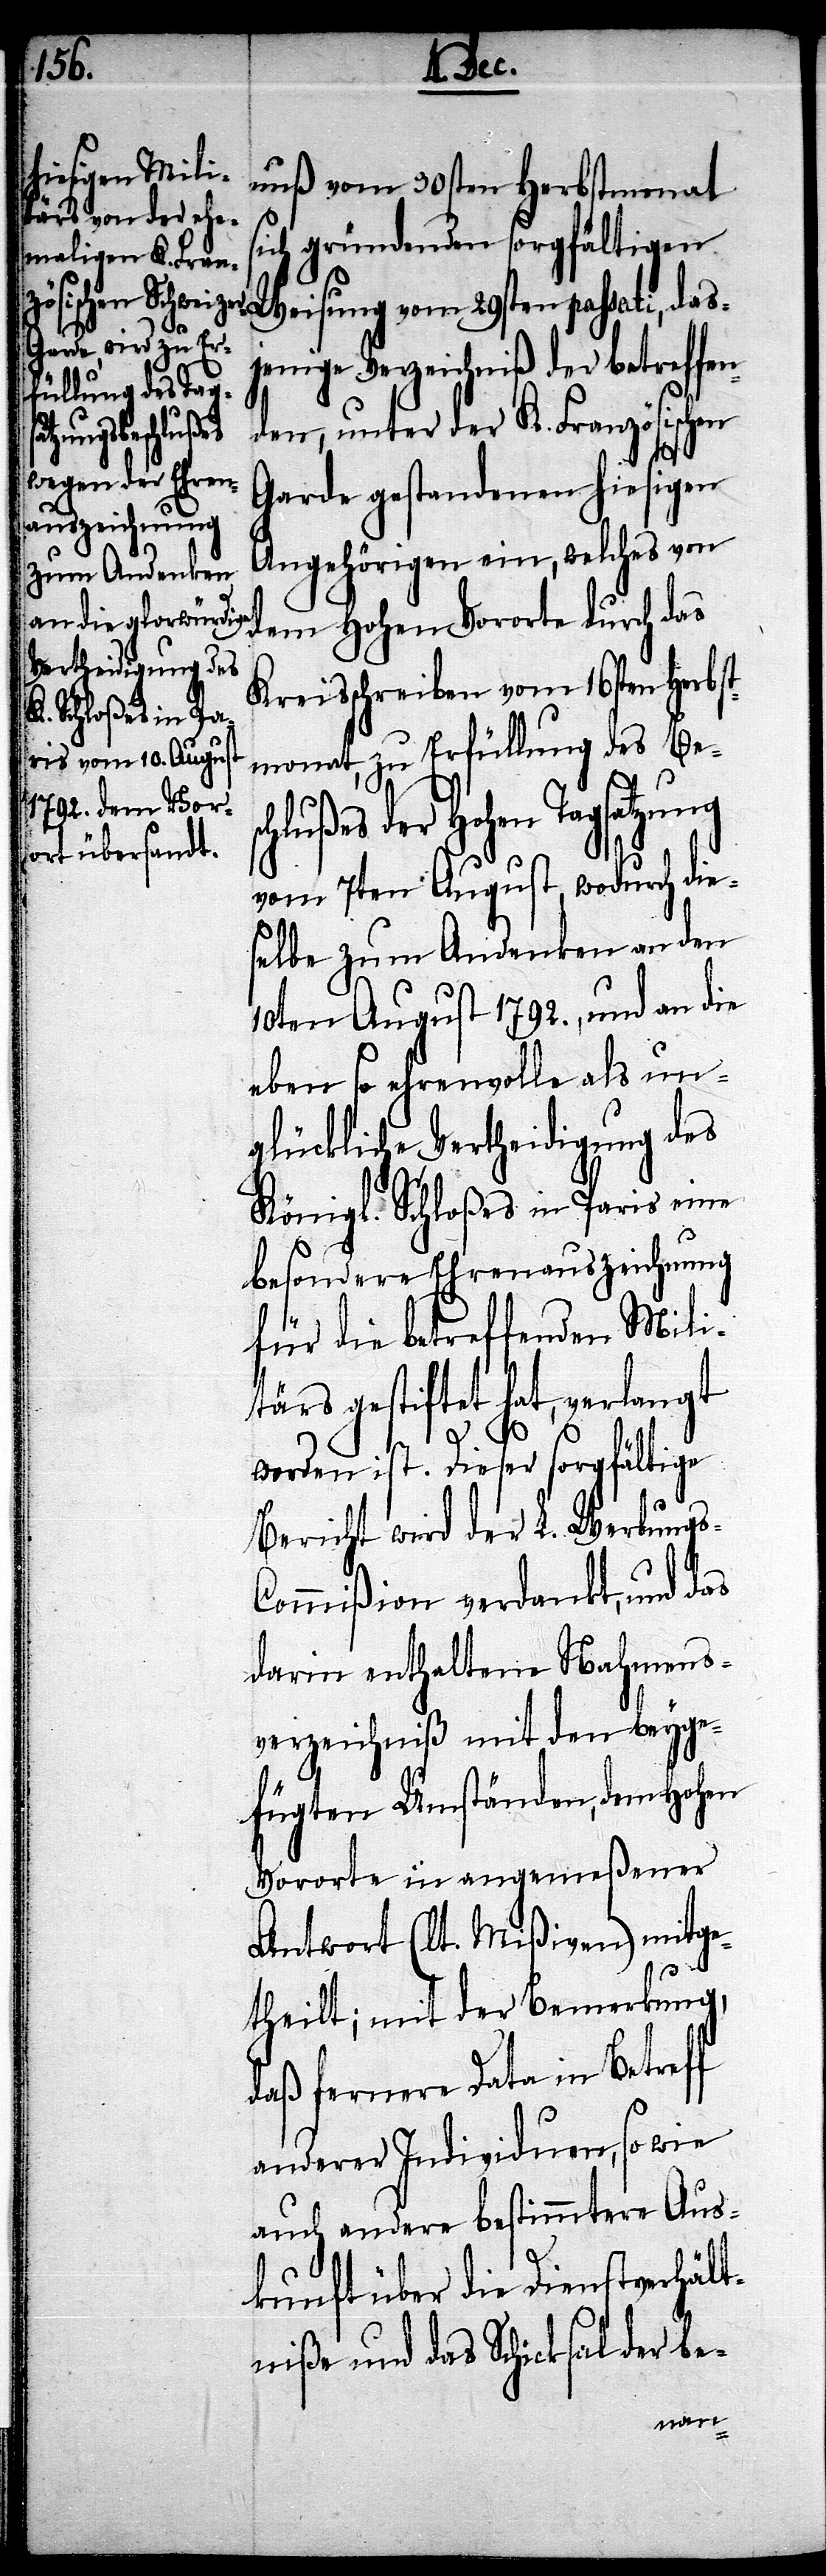
nuß vom 30sten Herbstmonath
sich gründenden sorgfältigen
Weisung vom 29sten passati, das¬
jenige Verzeichniß der betreffen¬
den, unter der K. Französischen
durch das
Garde gestandenen hiesigen
Angehörigen ein, welches von
Kreisschreiben vom 16ten Herbst¬
monat, zu Erfüllung des Bes¬
chlußes der Hohen Tagsatzung
vom 7ten August, wodurch die¬
selbe zum Andenken an den
10ten August 1792., und an die
eben so ehrenvolle als un¬
glückliche Vertheidigung des
Königl. Schloßes in Paris eine
besondere Ehrensauszeichnung
für die betreffenden Mili¬
tärs gestiftet hat, verlangt
worden ist. Dieser sorgfältige
Bericht wird der L. Werbungs-C¬
ommißion verdankt, und das
darin enthaltene Nahmens¬
verzeichniß mit den beyge¬
fügten Umständen, dem Hohen
Vororte in angemeßener
Antwort (lt. Mißiven) mitge¬
theilt; mit der Bemerkung,
daß fernere Data in Betreff
anderer Individuen, so wie
auch andere bestimmtere Aus¬
kunft über die Dienstverhält¬
niße und das Schicksal der be-